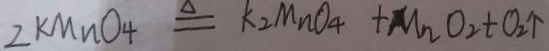
2 k M n O _ { 4 } \xlongequal { \Delta } k _ { 2 } M n O _ { 4 } + M n O _ { 2 } + O _ { 2 } \uparrow